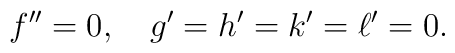
f{''} = 0, \quad g' = h' = k' = \ell' = 0.